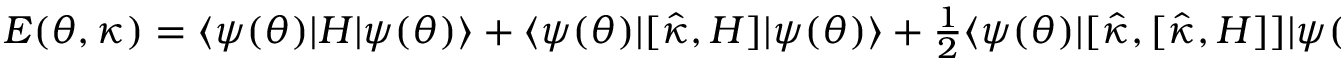
\begin{array} { r } { E ( { \boldsymbol { \theta } } , { \boldsymbol { \kappa } } ) = \ensuremath { \langle { \psi ( { \boldsymbol { \theta } } ) } \rvert } H \ensuremath { \lvert { \psi ( { \boldsymbol { \theta } } ) } \rangle } + \ensuremath { \langle { \psi ( { \boldsymbol { \theta } } ) } \rvert } [ \hat { \kappa } , H ] \ensuremath { \lvert { \psi ( { \boldsymbol { \theta } } ) } \rangle } + \frac { 1 } { 2 } \ensuremath { \langle { \psi ( { \boldsymbol { \theta } } ) } \rvert } [ \hat { \kappa } , [ \hat { \kappa } , H ] ] \ensuremath { \lvert { \psi ( { \boldsymbol { \theta } } ) } \rangle } + \dots } \end{array}